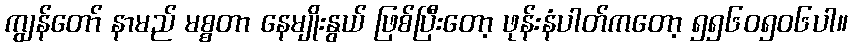
ကျွန်တော် နာမည် မစ္စတာ နေမျိုးနွယ် ဖြစ်ပြီးတော့ ဖုန်းနံပါတ်ကတော့ ၅၅၆၀၅၀၆ပါ။